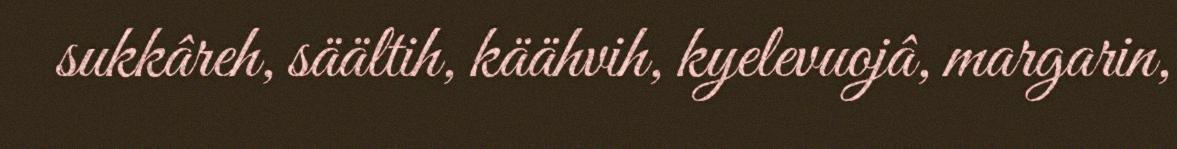
sukkâreh, säältih, käähvih, kyelevuojâ, margarin,